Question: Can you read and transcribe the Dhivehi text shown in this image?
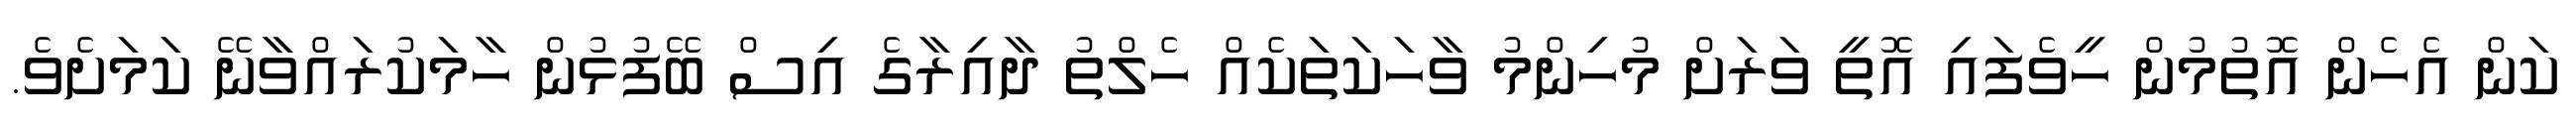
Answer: ކަން އެހެން އޮތުމުން ހީވެފައި އޮތީ ވަރަށް މުހިންމު ވާހަކަތަކެއް ހެލްތު ދާއިރާގެ އިސް ބޭފުޅުން ހާމަކުރައްވާނޭ ކަމަށެވެ.